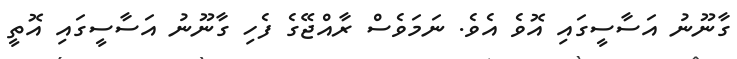
ގާނޫނު އަސާސީގައި އޮވެ އެވެ. ނަމަވެސް ރާއްޖޭގެ ފެހި ގާނޫނު އަސާސީގައި އޮތީ